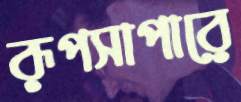
রূপসাপারে